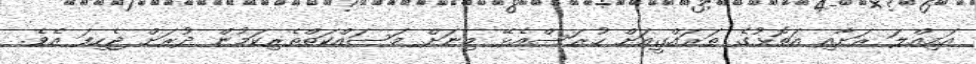
އަމިއްލަ ރަށާއި އަތޮޅުގެ ތަރައްގީއަށް ހުރަސްއެޅޭ މިނަށް މަސައްކަތްތެރިކަމުން ދުރަށް ޖެހިފަ އެވެ.